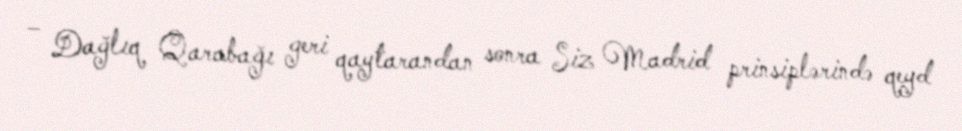
– Dağlıq Qarabağı geri qaytarandan sonra Siz Madrid prinsiplərində qeyd